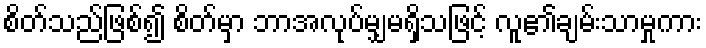
စိတ်သည်ဖြစ်၍ စိတ်မှာ ဘာအလုပ်မျှမရှိသဖြင့် လူ၏ချမ်းသာမှုကား